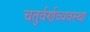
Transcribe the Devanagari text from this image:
चतुर्वर्णव्यवस्था